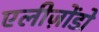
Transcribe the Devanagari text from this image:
एलीज़ोंडो